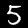
Label: 5